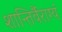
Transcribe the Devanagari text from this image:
शान्तिर्वैराग्यं